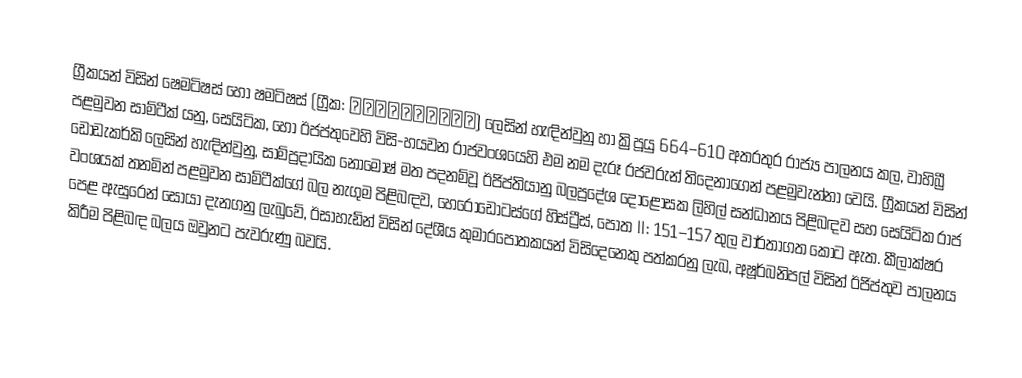
ග්‍රීකයන් විසින්  ෂෙමටිෂස් හෝ ෂමටිෂස් (ග්‍රීක: Ψαμμήτιχος) ලෙසින් හැඳින්වුනු හා ක්‍රිපූයු 664–610 අතරතුර රාජ්‍ය පාලනය කල,  වාහිබ්‍රී පළමුවන සාම්ටීක් යනු, සෙයිටික, හෝ   ඊජප්තුවෙහි විසි-හයවන රාජවංශයෙහි එම නම දැරූ රජවරුන් තිදෙනාගෙන් පළමුවැන්නා වෙයි. ග්‍රීකයන් විසින් ඩෝඩැකර්කි ලෙසින් හැඳින්වුනු, සාම්ප්‍රදායික  නෝමොෂ් මත පදනම්වූ ඊජිප්තියානු බලප්‍රදේශ දොළොසක ලිහිල් සන්ධානය පිළිබඳව සහ සෙයිටික රාජ වංශයක් තනමින් පළමුවන සාම්ටීක්ගේ බල නැගුම පිළිබඳව, හෙරොඩොටස්ගේ හිස්ට්‍රීස්, පොත II: 151–157 තුල වාර්තාගත කොට ඇත.  කීලාක්ෂර පෙළ ඇසුරෙන් සොයා දැනගනු ලැබුවේ, ඊසාහැඩ්න් විසින් දේශීය කුමාරපෝතකයන් විසිදෙනෙකු  පත්කරනු ලැබ, අෂූර්බනිපල් විසින් ඊජිප්තුව පාලනය කිරීම පිළිබඳ බලය ඔවුනට පැවරුණු බවයි.